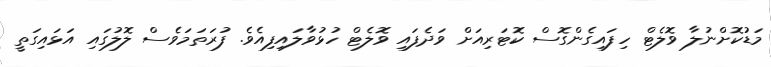
މަޑުކޮށްނުލާ ވޮލެޓް ހިފައިގެންގޮސް ކޮޓަރިއަށް ވަދެފައި ވޮލެޓް ހުޅުވާލައިފިއެވެ. ފުރަތަމަވެސް ލޮލުގައި އަޅައިގަތީ